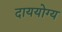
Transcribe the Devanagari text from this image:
दाययोग्य